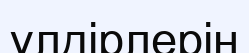
үлдірлерін